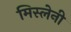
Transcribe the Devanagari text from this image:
मिस्लेनी